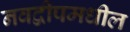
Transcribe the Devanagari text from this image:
नवद्वीपमधील